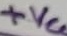
Text: +VCC